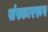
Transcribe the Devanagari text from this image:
संस्काररूप